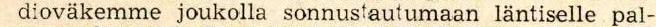
dioväkemme joukolla sonnustautumaan läntiselle pal-